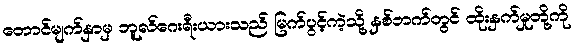
တောင်မျက်နှာမှ ဘူလ်ဂေးရီးယားသည် မြက်ပွင့်ကဲ့သို့ နှစ်ဘက်တွင် ထိုးနှက်မှုတို့ကို